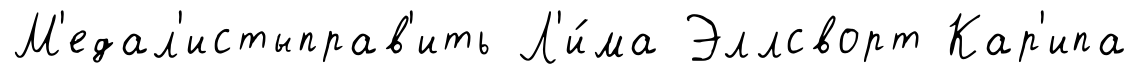
М'едал'истыправ'ить Л'и́ма Эллсворт Кар'ипа